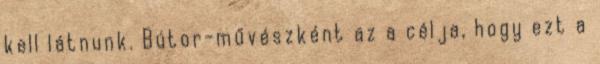
kell látnunk. Bútor-művészként az a célja, hogy ezt a